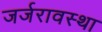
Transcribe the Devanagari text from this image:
जर्जरावस्था